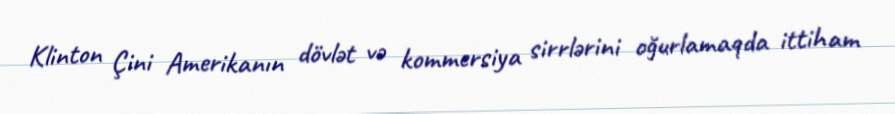
Klinton Çini Amerikanın dövlət və kommersiya sirrlərini oğurlamaqda ittiham